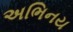
અભિનય